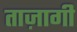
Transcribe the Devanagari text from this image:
ताज़ागी